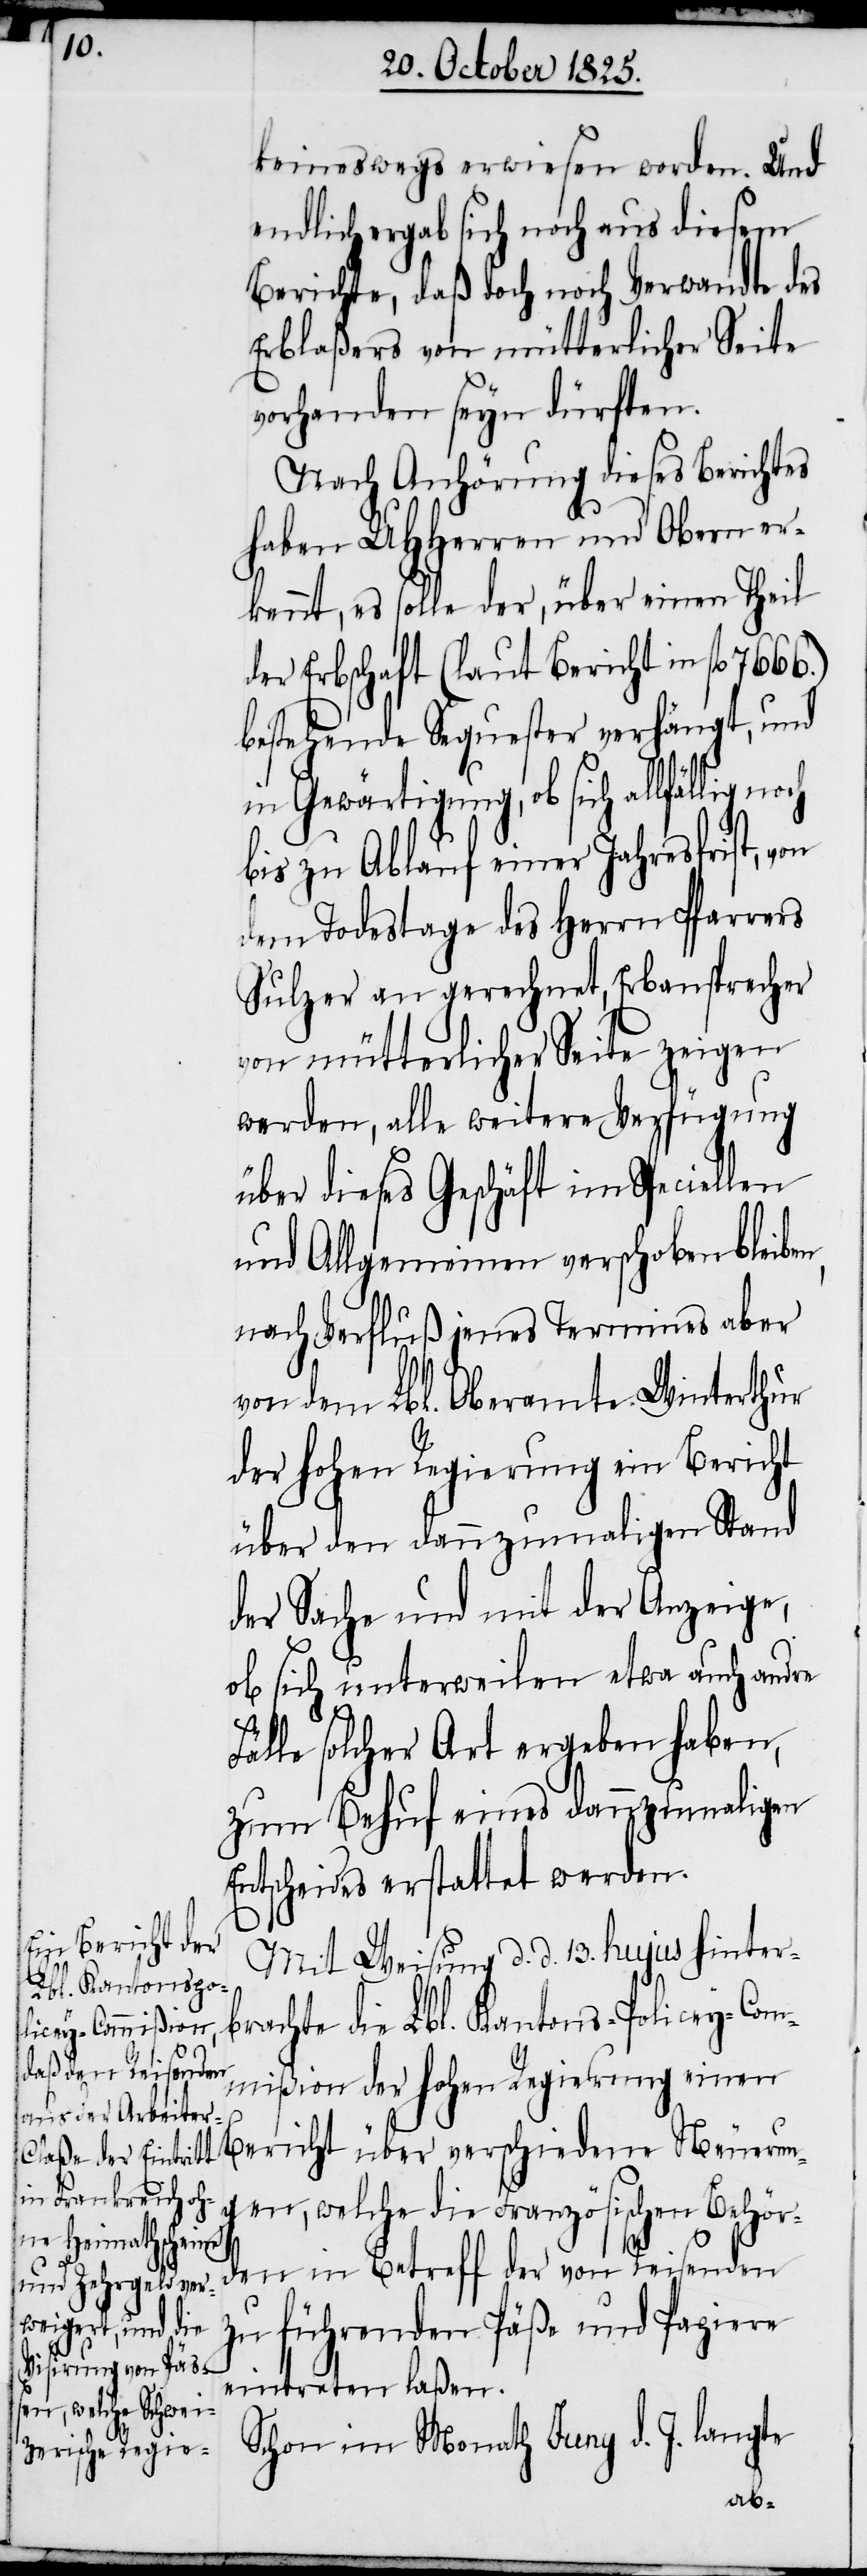
keineswegs erwiesen worden. Und
endlich ergab sich noch aus diesem
Berichte, daß doch noch Verwandte des
Erblaßers von mütterlicher Seite
vorhanden seyn dürften.
Nach Anhörung dieses Berichtes
haben UHHerren und Obern er¬
kennt, es solle der, über einen Theil
der Erbschaft (laut Bericht in fl.
bestehende Sequester verhängt, und
in Gewärtigung, ob sich allfällig
bis zu Ablauf einer Jahresfrist, von
dem Todestage des Herrn Pfarrers
Sulzer an gerechnet, Erbansprecher
von mütterlicher Seite zeigen
werden, alle weitere Verfügung
über dieses Geschäft im Speciellen
und Allgemeinen verschoben bleibe¬
nach Verfluß jenes Termines aber
von dem Lbl. Oberamte Winterthur
der hohen Regierung ein Bericht
über den dannzumaligen Stand
der Sache und mit der Anzeige,
ob sich unterweilen etwa auch andre
n,
Fälle solcher Art ergeben haben,
zum Behuf eines dannzumaligen
Entscheides erstattet werden.
Mit Weisung d. d. 13. hujus hinter¬
brachte die Lbl. Kantons-Policey-Com¬
mißion der hohen Regierung einen
Bericht über verschiedene Neuerun¬
gen, welche die Französischen Behör¬
den im Betreff der von Reisenden
zu führenden Päße und Papiere
eintreten laßen.
Schon im Monath Juny d. J. langte